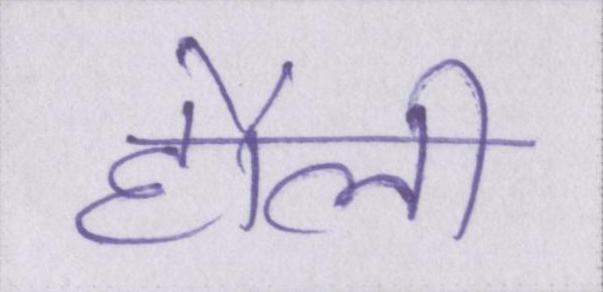
हौली